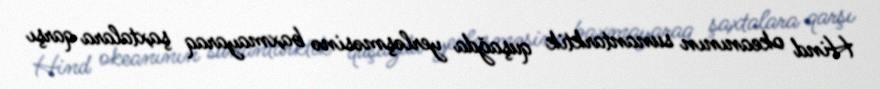
Hind okeanının sunantarktik quşağda yerləşməsinə baxmayaraq şaxtalara qarşı